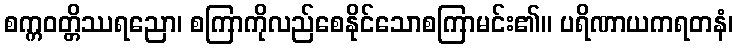
စက္ကဝတ္တိဿရညော၊ စကြာကိုလည်စေနိုင်သောစကြာမင်း၏။ ပရိဏာယကရတနံ၊